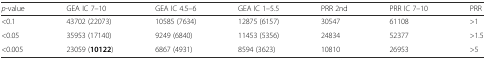
<table><thead><tr><td><b><i>p</i>-value</b></td><td><b>GEA IC 7–10</b></td><td><b>GEA IC 4.5–6</b></td><td><b>GEA IC 1–5.5</b></td><td><b>PRR 2nd</b></td><td><b>PRR IC 7–10</b></td><td><b>PRR</b></td></tr></thead><tbody><tr><td>&lt;0.1</td><td>43702 (22073)</td><td>10585 (7634)</td><td>12875 (6157)</td><td>30547</td><td>61108</td><td>&gt;1</td></tr><tr><td>&lt;0.05</td><td>35953 (17140)</td><td>9249 (6840)</td><td>11453 (5356)</td><td>24834</td><td>52377</td><td>&gt;1.5</td></tr><tr><td>&lt;0.005</td><td>23059 (<b>10122</b>)</td><td>6867 (4931)</td><td>8594 (3623)</td><td>10810</td><td>26953</td><td>&gt;5</td></tr></tbody></table>